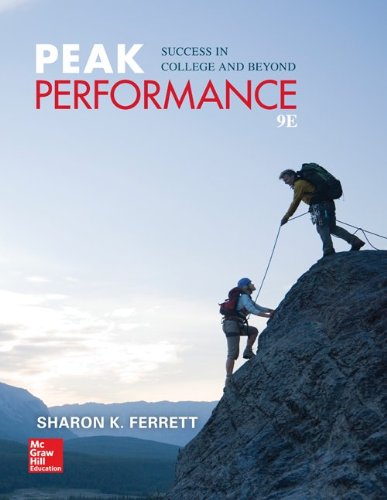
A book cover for Peak Performance: Success in College and Beyond; Sharon Ferrett; Education & Teaching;